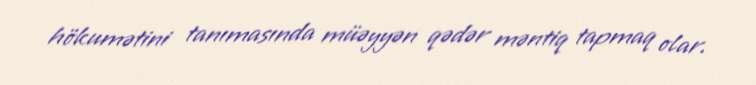
hökumətini tanımasında müəyyən qədər məntiq tapmaq olar.